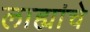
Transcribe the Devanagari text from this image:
लाह्यांचे